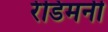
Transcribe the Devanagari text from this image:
रेडिमनी